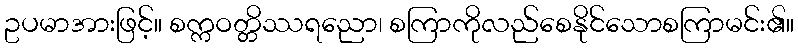
ဥပမာအားဖြင့်။ စက္ကဝတ္တိဿရညော၊ စကြာကိုလည်စေနိုင်သောစကြာမင်း၏။